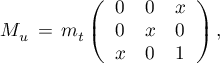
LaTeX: M _ { u } \, = \, m _ { t } \left( \begin{array} { l l l } { { 0 } } & { { 0 } } & { { x } } \\ { { 0 } } & { { x } } & { { 0 } } \\ { { x } } & { { 0 } } & { { 1 } } \end{array} \right) ,